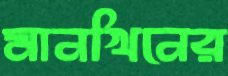
মানখিনের